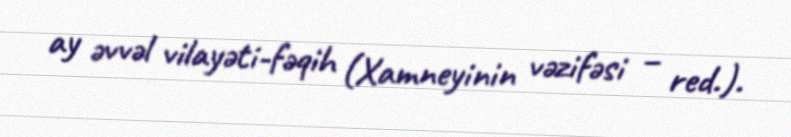
ay əvvəl vilayəti-fəqih (Xamneyinin vəzifəsi – red.).